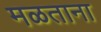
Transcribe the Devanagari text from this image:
मळताना